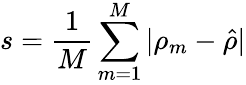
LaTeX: s=\frac{1}{M}\sum_{m=1}^{M}|\rho_{m}-\hat{\rho}|